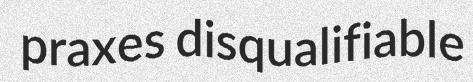
praxes disqualifiable